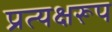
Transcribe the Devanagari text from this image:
प्रत्यक्षरूप